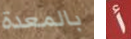
بالمعدة أ